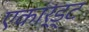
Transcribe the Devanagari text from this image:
एकार्ड्‌ट